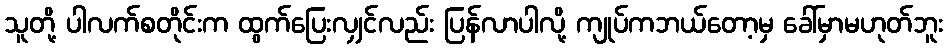
သူတို့ ပါလက်စတိုင်းက ထွက်ပြေးလျှင်လည်း ပြန်လာပါလို့ ကျုပ်ကဘယ်တော့မှ ခေါ်မှာမဟုတ်ဘူး